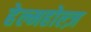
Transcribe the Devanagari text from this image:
हेल्महोल्ज़